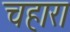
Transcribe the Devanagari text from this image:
चहारा